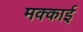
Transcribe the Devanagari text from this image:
मक्काई